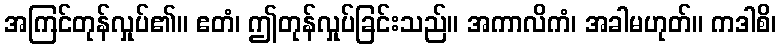
အကြင်တုန်လှုပ်၏။ ဧတံ၊ ဤတုန်လှုပ်ခြင်းသည်။ အကာလိကံ၊ အခါမဟုတ်။ ကဒါစိ၊